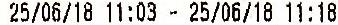
25/06/18 11:03 - 25/06/18 11:18